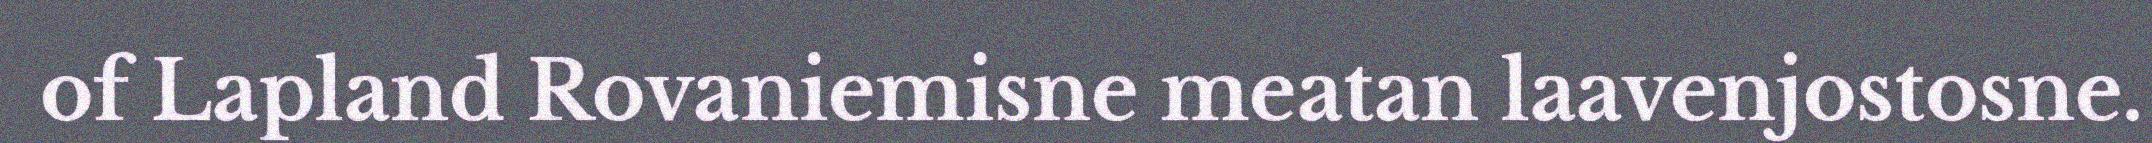
of Lapland Rovaniemisne meatan laavenjostosne.